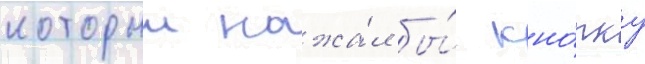
которыи нажа́л бы́ кно́пку